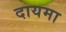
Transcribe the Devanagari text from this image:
दायमा